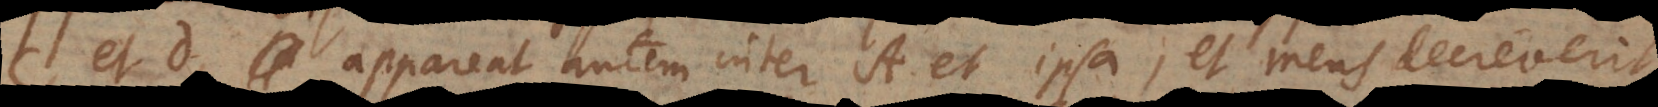
C, et D, appareat autem inter A et ipsa, et mens decreverit